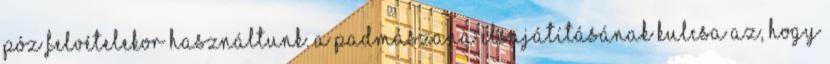
póz felvételekor használtunk. A padmászana elsajátításának kulcsa az, hogy